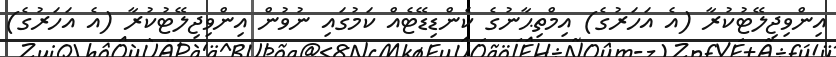
އިންވިޖިލޭޓުކުރާ (އެ އަހަރުގެ) އިމްތިޙާނުގެ ކެންޑިޑޭޓެއް ކަމުގައި ނުވުން އިންވިޖިލޭޓުކުރާ (އެ އަހަރުގެ)